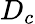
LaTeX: D_{c}